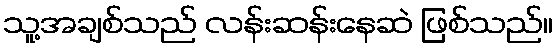
သူ့အချစ်သည် လန်းဆန်းနေဆဲ ဖြစ်သည်။